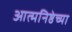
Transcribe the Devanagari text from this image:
आत्मनिष्ठेच्या